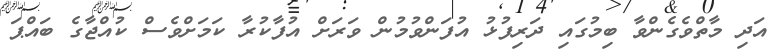
އަދި މާތްވެގެންވާ ބިމުގައި ދަރިފުޅު އުފަންވުމުން ވަރަށް އުފާކުރާ ކަމަށްވެސް ކުއްޖާގެ ބައްޕަ